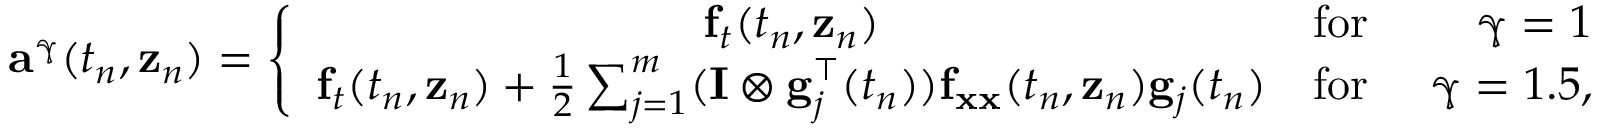
\mathbf { a } ^ { \mathbb { \gamma } } ( t _ { n } , \mathbf { z } _ { n } ) = \left\{ { \begin{array} { c l } { \mathbf { f } _ { t } ( t _ { n } , \mathbf { z } _ { n } ) } & { { \mathrm { f o r ~ } } \qquad \mathbb { \gamma } = 1 } \\ { \mathbf { f } _ { t } ( t _ { n } , \mathbf { z } _ { n } ) + { \frac { 1 } { 2 } } \sum _ { j = 1 } ^ { m } ( \mathbf { I } \otimes \mathbf { g } _ { j } ^ { \intercal } ( t _ { n } ) ) \mathbf { f } _ { \mathbf { x x } } ( t _ { n } , \mathbf { z } _ { n } ) \mathbf { g } _ { j } ( t _ { n } ) } & { { \mathrm { f o r ~ } } \quad \mathbb { \gamma } = 1 . 5 , } \end{array} } \right.